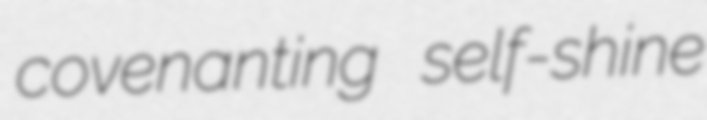
covenanting self-shine